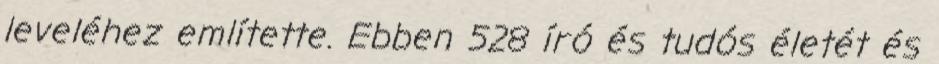
leveléhez említette. Ebben 528 író és tudós életét és